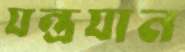
যন্ত্রযান